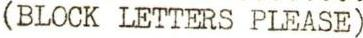
(BLOCK LETTERS PLEASE)